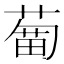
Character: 𦹣